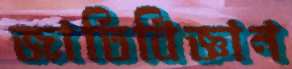
জাতিবিজ্ঞান